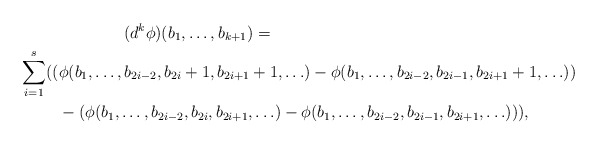
\begin{align*}& \qquad\qquad(d^k \phi)(b_1, \ldots, b_{k+1}) =\\ \sum_{i=1}^{s} ((& \phi(b_1,\ldots,b_{2i-2},{b_{2i}+1}, b_{2i+1}+1, \ldots)-\phi(b_1,\ldots,b_{2i-2},{b_{2i-1}}, b_{2i+1}+1, \ldots))\\ & - (\phi(b_1,\ldots,b_{2i-2},{b_{2i}},b_{2i+1}, \ldots)- \phi(b_1,\ldots,b_{2i-2},{b_{2i-1}},b_{2i+1}, \ldots))),\end{align*}